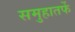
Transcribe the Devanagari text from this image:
समुहातर्फे